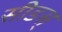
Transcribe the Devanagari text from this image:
सीडस्